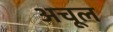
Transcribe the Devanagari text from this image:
अचूल